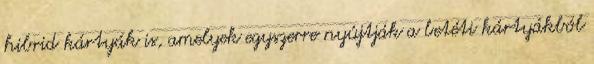
hibrid kártyák is, amelyek egyszerre nyújtják a betéti kártyákból